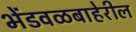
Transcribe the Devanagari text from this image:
भेंडवळबाहेरील